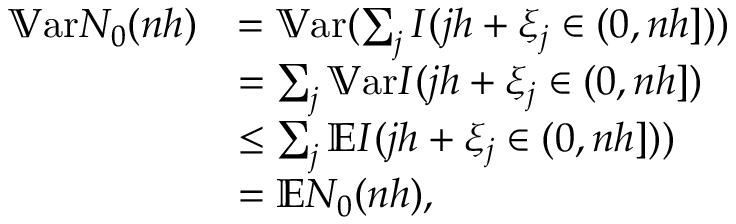
\begin{array} { r l } { \mathbb { V } \mathrm { a r } N _ { 0 } ( n h ) } & { = \mathbb { V } \mathrm { a r } ( \sum _ { j } I ( j h + \xi _ { j } \in ( 0 , n h ] ) ) } \\ & { = \sum _ { j } \mathbb { V } \mathrm { a r } I ( j h + \xi _ { j } \in ( 0 , n h ] ) } \\ & { \leq \sum _ { j } \mathbb { E } I ( j h + \xi _ { j } \in ( 0 , n h ] ) ) } \\ & { = \mathbb { E } N _ { 0 } ( n h ) , } \end{array}